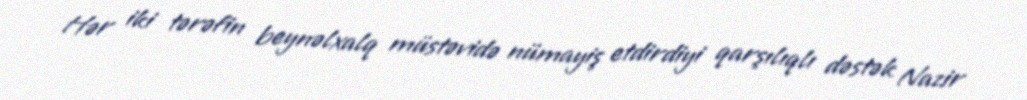
Hər iki tərəfin beynəlxalq müstəvidə nümayiş etdirdiyi qarşılıqlı dəstək Nazir